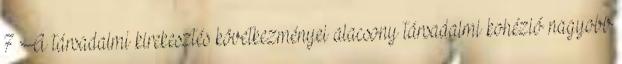
7 A társadalmi kirekesztés következményei alacsony társadalmi kohézió nagyobb